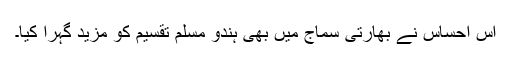
اس احساس نے بھارتی سماج میں بھی ہندو مسلم تقسیم کو مزید گہرا کیا۔